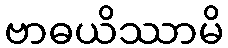
ဗာဓယိဿာမိ